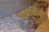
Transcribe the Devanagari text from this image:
वाढविलें